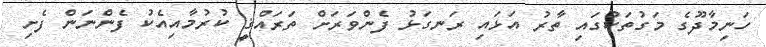
ހަނިމާދޫގެ މަގުތަކުގައި ތާރު އަޅައި ރަނގަޅު ފެންވަރަށް ތަރައްޤީ ކުރުމާއިއެކު ފެންނަން ފެށި